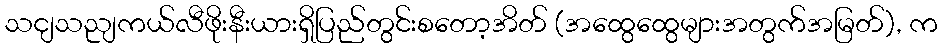
သငျသညျကယ်လီဖိုးနီးယားရှိပြည်တွင်းစတော့အိတ် (အထွေထွေများအတွက်အမြတ်), က